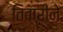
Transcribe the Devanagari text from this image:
तिवारीने